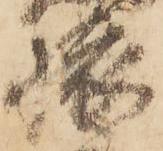
旅